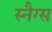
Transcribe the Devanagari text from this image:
स्नैग्स